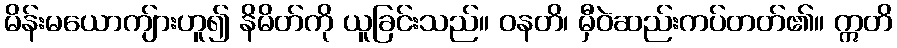
မိန်းမယောကျ်ားဟူ၍ နိမိတ်ကို ယူခြင်းသည်။ ဝနတိ၊ မှီဝဲဆည်းကပ်တတ်၏။ ဣတိ